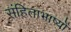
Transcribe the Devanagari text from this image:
संहिताभाष्यों